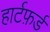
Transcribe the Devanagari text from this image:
हार्टफ़र्ड